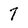
Character: 7